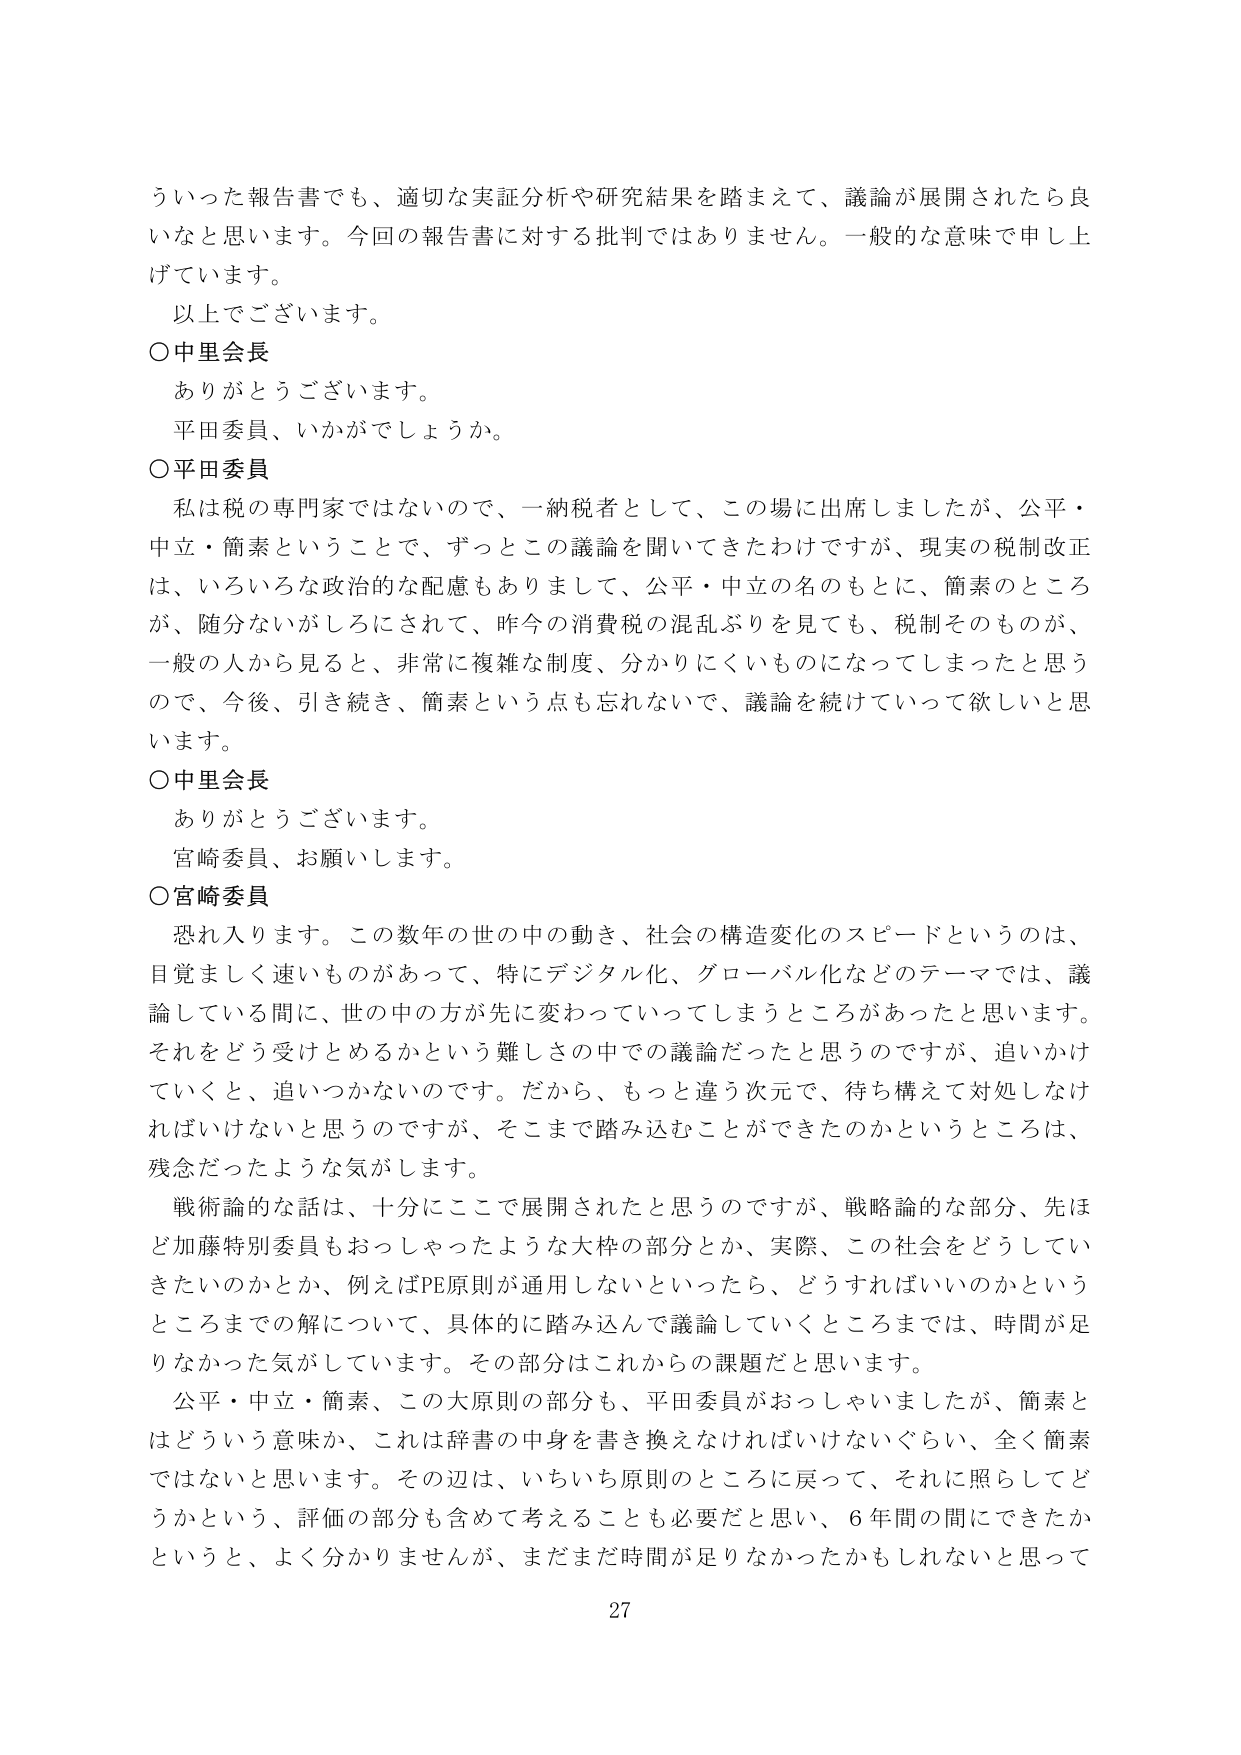
ういった報告書でも、適切な実証分析や研究結果を踏まえて、議論が展開されたら良いなと思います。今回の報告書に対する批判ではありません。一般的な意味で申し上げています。
以上でございます。
○中里会長
ありがとうございます。
平田委員、いかがでしょうか。
○平田委員
私は税の専門家ではないので、一納税者として、この場に出席しましたが、公平・中立・簡素ということで、ずっとこの議論を聞いてきたわけですが、現実の税制改正は、いろいろな政治的な配慮もありまして、公平・中立の名のもとに、簡素のところが、随分ないがしろにされて、昨今の消費税の混乱ぶりを見ても、税制そのものが、一般の人から見ると、非常に複雑な制度、分かりにくいものになってしまったと思うので、今後、引き続き、簡素という点も忘れないで、議論を続けていって欲しいと思います。
○中里会長
ありがとうございます。
宮崎委員、お願いします。
○宮崎委員
恐れ入ります。この数年の世の中の動き、社会の構造変化のスピードというのは、目覚ましく速いものがあって、特にデジタル化、グローバル化などのテーマでは、議論している間に、世の中の方が先に変わってしまうところがあったと思います。それをどう受けとめるかという難しさの中での議論だったと思うのですが、追いかけしていくと、追いつかないのです。だから、もっと違う次元で、待ち構えて対処しなければいけないと思うのですが、そこまで踏み込むことができたのかというところは、残念だったような気がします。
戦術論的な話は、十分にここで展開されたと思うのですが、戦略論的な部分、先ほど加藤特別委員もおっしゃったような大枠の部分とか、実際、この社会をどうしていきたいのかとか、例えばPE原則が通用しないといったら、どうすればいいのかというところまでの解について、具体的に踏み込んで議論していくところまでは、時間が足りなかった気がしています。その部分はこれからの課題だと思います。
公平・中立・簡素、この大原則の部分も、平田委員がおっしゃいましたが、簡素とはどういう意味か、これは辞書の中身を書き換えなければならないぐらい、全く簡素ではないと思います。その辺は、いちいち原則のところに戻って、それに照らしてどうかという、評価の部分も含めて考えることも必要だと思い、6年間の間にできたかというと、よく分かりませんが、まだまだ時間が足りなかったかもしれないと思って
27